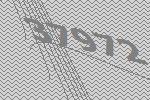
37972